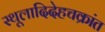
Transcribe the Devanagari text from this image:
स्थूलादिदेहचक्रांत